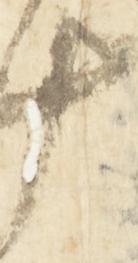
十